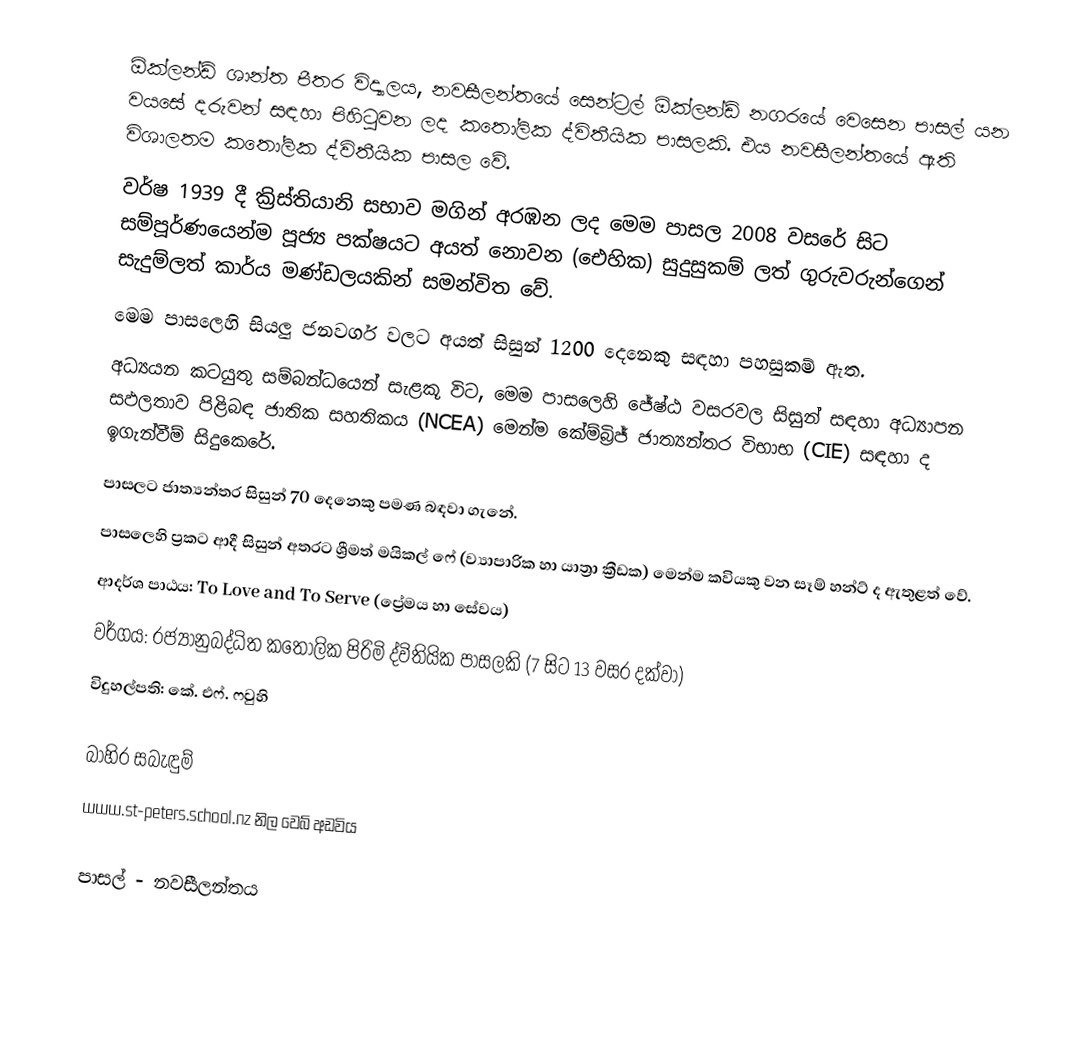
ඕක්ලන්ඩ් ශාන්ත පීතර විද්‍යාලය, නවසීලන්තයේ සෙන්ට්‍රල් ඕක්ලන්ඩ් නගරයේ වෙසෙන පාසල් යන වයසේ දරුවන් සඳහා පිහිටුවන ලද කතෝලික ද්විතීයික පාසලකි. එය නවසීලන්තයේ ඇති විශාලතම කතෝලික ද්විතීයික පාසල වේ.
වර්ෂ 1939 දී ක්‍රිස්තියානි සභාව මගින් අරඹන ලද මෙම පාසල 2008 වසරේ සිට සම්පූර්ණයෙන්ම පූජ්‍ය පක්ෂයට අයත් නොවන (ඓහික) සුදුසුකම් ලත් ගුරුවරුන්ගෙන් සැදුම්ලත් කාර්ය මණ්ඩලයකින් සමන්විත වේ.
මෙම ප‍ාසලෙහි සියලු ජනවර්ග වලට අයත් සිසුන් 1200 දෙනෙකු සඳහා පහසුකම් ඇත.
අධ්‍යයන කටයුතු සම්බන්ධයෙන් සැළකූ විට, මෙම පාසලෙහි ජේෂ්ඨ වසරවල සිසුන් සඳහා අධ්‍යාපන සඵලතාව පිළිබඳ ජාතික සහතිකය (NCEA) මෙන්ම ‍කේම්බ්‍රිජ් ජාත්‍යන්තර විභාභ (CIE) සඳහා ද ඉගැන්වීම් සිදුකෙරේ.
පාසලට ජාත්‍යන්තර සිසුන් 70 දෙනෙකු පමණ බඳවා ගැනේ.
පාසලෙහි ප්‍රකට ආදී සිසුන් අතරට ශ්‍රීමත් මයිකල් ෆේ (ව්‍යාපාරික හා යාත්‍රා ක්‍රීඩක) මෙන්ම කවියකු වන සෑම් හන්ට් ද ඇතුළත් වේ.
ආදර්ශ පාඨය: To Love and To Serve (ප්‍රේමය හා සේවය)
වර්ගය: රජ්‍යානුබද්ධිත කතෝලික පිරිමි ද්විතියික පාසලකි (7 සිට 13 වසර දක්වා)
විදුහල්පති: කේ. එෆ්. ෆවුහි

බාහිර සබැඳුම්
www.st-peters.school.nz නිල වෙබ් අඩවිය

පාසල් - නවසීලන්තය